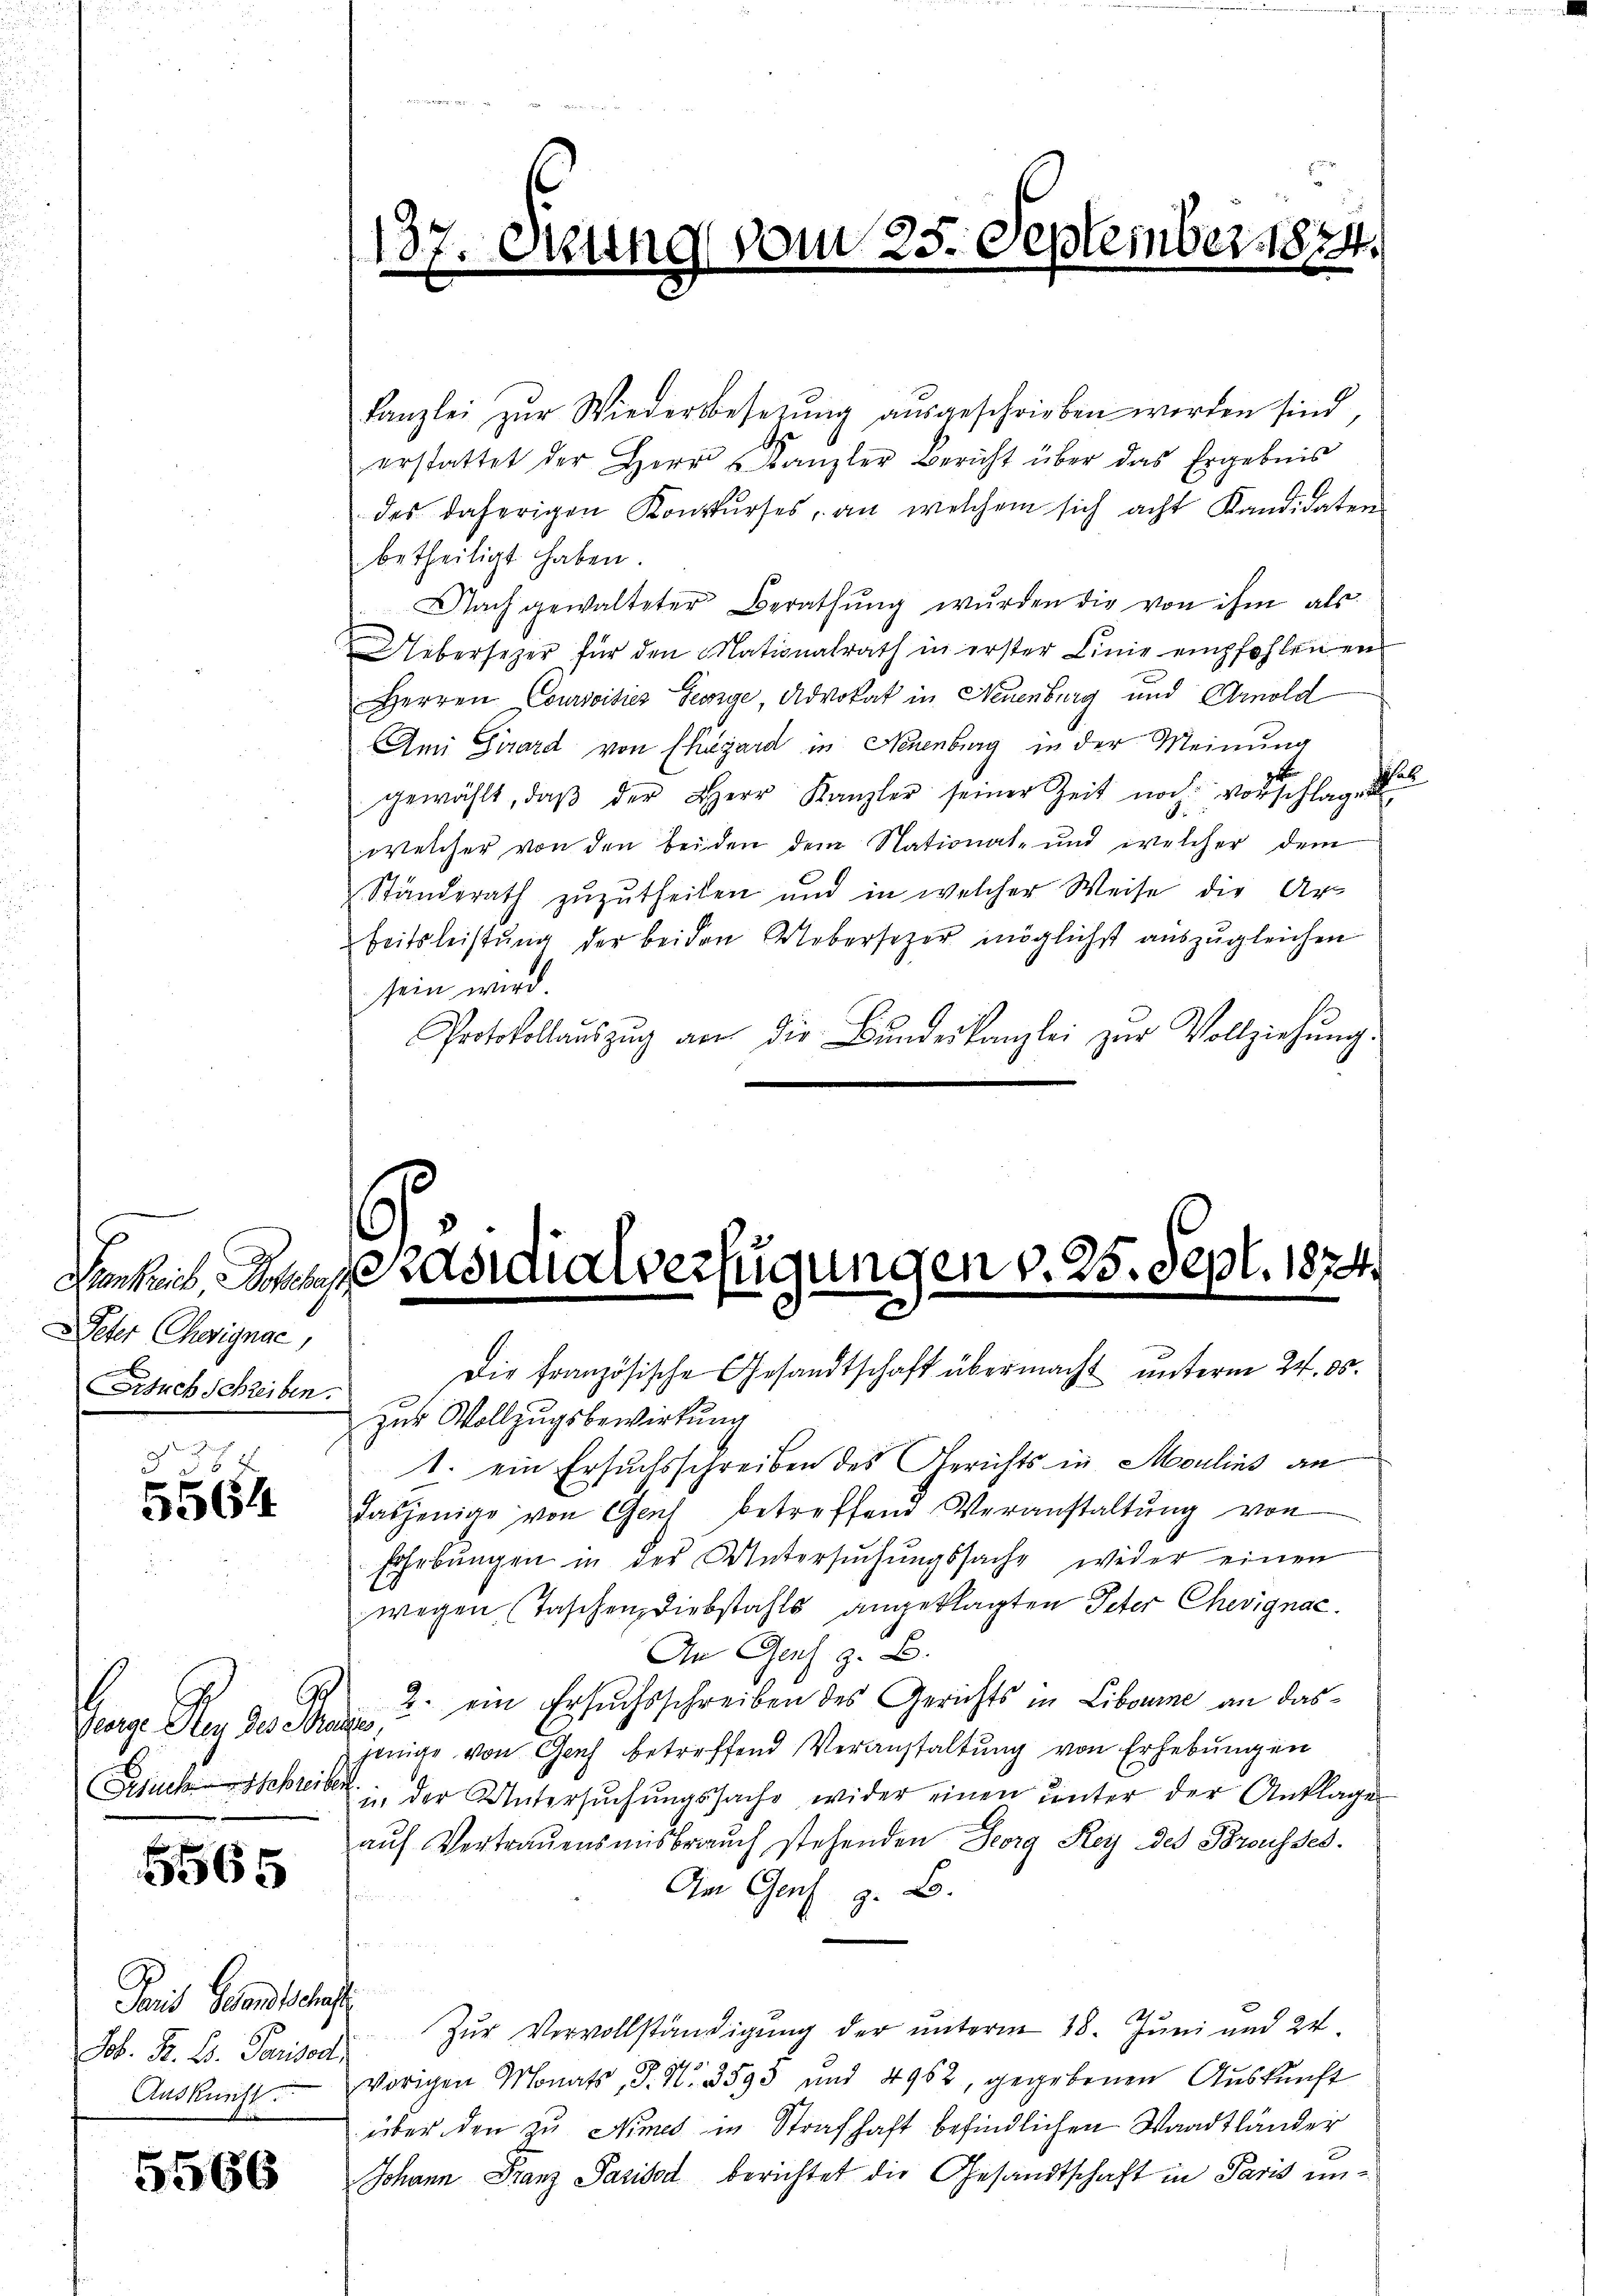
Peter Choignac

§ 367
5564

6
Ruckschreiben

5565

kanzlei zŭr Wiederbesetzŭng aŭsgeschrieben worden sind,
A
erstattet der Herr Kanzler Bericht über das Ergebnis
des daherigen Konkŭrses, an welchem sich acht Kandidaten
betheiligt haben.
Nach gewalteter Berathŭng wurden die von ihm als
Ueberseher für den Nationalrath in erster Linie empfohlen ein
Herren Coursoisiez Feinge, Advokat in Neuenburg und Amold
Ami Girard von Ehegard in Neuenburg in der Meinung
p
gewählt, daβ der Herr Kanzler seiner Zeit noch vorschlag
welcher von den beiden dem National- und welcher dem
Standerath zuzutheilen und in welcher Weise die Ar-
beitsleistŭng der beiden Webersezer möglichst aŭszŭgleichen
sein wird.
Protokollaŭszŭg an die Bŭndeskanzlei zŭr Vollziehŭng.

Jais Gesandtschaft
Auskunft.

5566

zur Vollzugsbewirkung
1. ein Ersuchsschreiben des Gerichts in Moulins an
dasjenige von Genf betreffend Veranstaltung von
Erhebungen in der Untersuchungssache wider einen
wegen (Taschen Diebstahls angeklagten Peter Chevignac
An Genf z. B.
George Aus des Braun u. ein Ersuchsschreiben des Gerichts in Libonne an dasjenige von Gech betreffend Veranstaltung von Erhebungen
in der Untersŭchŭngssache wider einen ŭnter der Anklage
auf Vertrauensmisbrauch stehenden Georg Rey des Brousses.
An Genf z. B.
Job. B. L. Pariser Zŭr Vervollständigŭng der ŭnterm 28. Jŭni und 24.
5
vorigen Monats P. N. 3593 und 4962, gegebenen Aŭskŭnft
über den zu Nimes in Strafhaft befindlichen Waadtländer
Johann Franz Pasidat berichtet die Gesandtschaft in Paris un¬

137

vom 25. September 1874.

6
denheit, Sohne darealverfügungen v. 25. Sept. 1874.
.
Stuckschreiben. Die französische Gesandtschaft übermacht ŭnterm 24. ds.